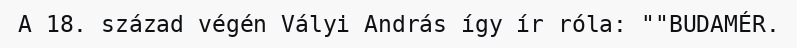
A 18. század végén Vályi András így ír róla: ""BUDAMÉR.